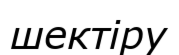
шектіру